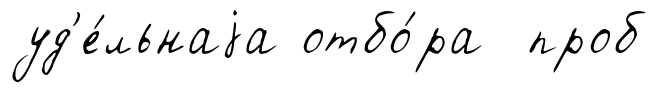
уд'е́льнаjа отбо́ра проб